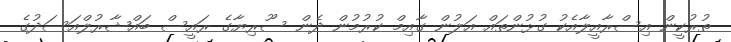
ތުރުކީން އިސްރާއީލާއެކު ގުޅުންތައް އަލުން ގާއިމް ކުރުމުން ދެން ސޫރިޔާގެ ރައީސް ބައްޝާރުލްއަސަދުގެ